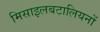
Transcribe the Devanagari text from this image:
मिसाइलबटालियनों